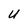
Character: U